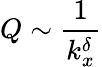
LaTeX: Q\sim\frac{1}{k_{x}^{\delta}}